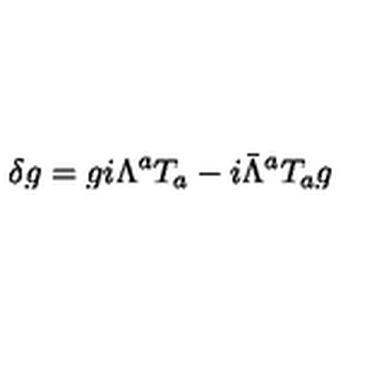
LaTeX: \delta g = g i \Lambda ^ { a } T _ { a } - i \bar { \Lambda } ^ { a } T _ { a } g